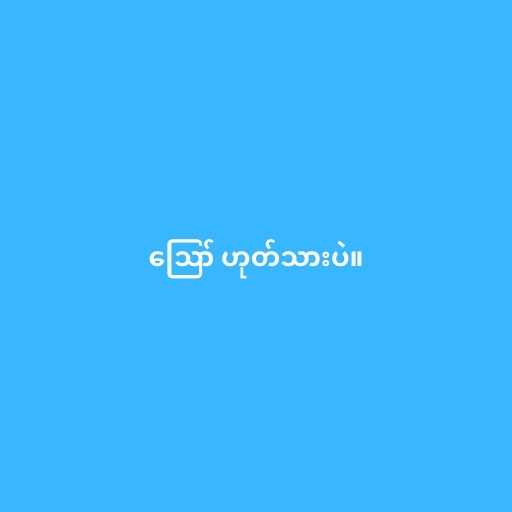
ဪ ဟုတ်သားပဲ။